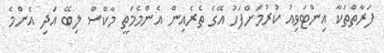
ފަރާތްތަކާ އިންޓަވިއު ކުރުމަށްފަހު އޭގެ ތެރެއިން އެންމެމަތީ މާކްސް ލިބޭ އަދި އެންމެ